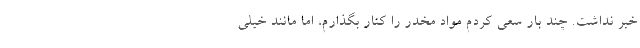
خبر نداشت. چند بار سعی کردم مواد مخدر را کنار بگذارم، اما مانند خیلی